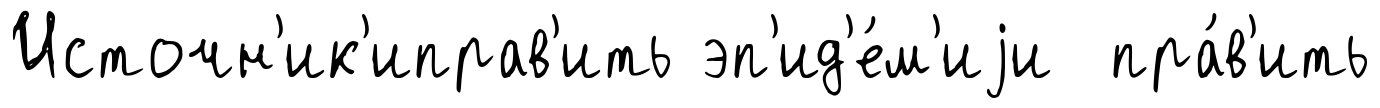
Источн'ик'иправ'ить эп'ид'е́м'иjи пра́в'ить